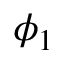
\phi _ { 1 }